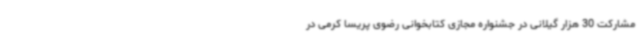
مشارکت 30 هزار گیلانی در جشنواره مجازی کتابخوانی رضوی پریسا کرمی در